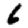
Digit: 6